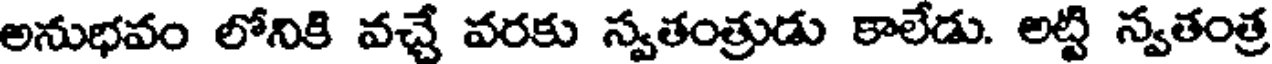
అనుభవం లోనికి వచ్చే వరకు స్వతంత్రుడు కాలేడు. అట్టి స్వతంత్ర